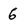
Character: 6